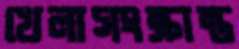
খেলাসংক্রান্ত